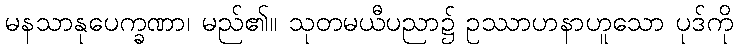
မနသာနုပေက္ခဏာ၊ မည်၏။ သုတမယီပညာ၌ ဥဿာဟနာဟူသော ပုဒ်ကို